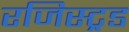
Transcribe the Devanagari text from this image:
रजिस्ट्रड